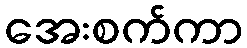
အေးစက်ကာ